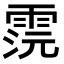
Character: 𩂷